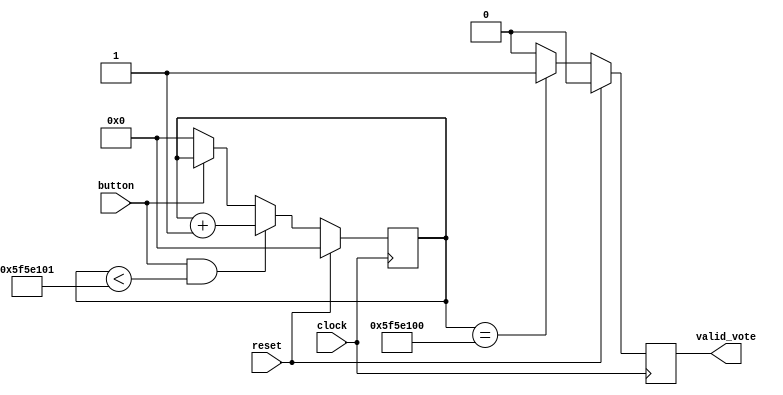
module buttonControl(
input clock,
input reset,
input button,
output reg valid_vote
);

reg [30:0] counter;

//1 sec / 10ns = 100000000

always @(posedge clock)
begin
    if(reset)
        counter <= 0;
    else
    begin
        if(button & counter < 100000001)
            counter <= counter + 1;
        else if(!button)
            counter <= 0;
    end
end


always @(posedge clock)
begin
    if(reset)
        valid_vote <= 1'b0;
    else
    begin
        if(counter == 100000000)
            valid_vote <= 1'b1;
        else
            valid_vote <= 1'b0;
    end
end

endmodule